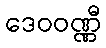
ဒေဝဝဏ္ဏီ